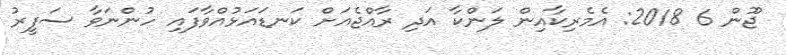
ޖޫން 6 2018: އެމެރިކާއިން ލަންކާ އަދި ރާއްޖެއަށް ކަނޑައަޅުއްވާފައި ހުންނަވާ ސަފީރު